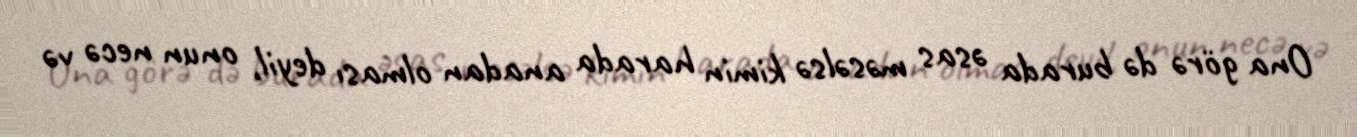
Ona görə də burada əsas məsəlsə kimin harada anadan olması deyil, onun necə və